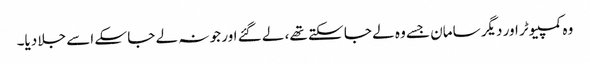
وہ کمپیوٹر اور دیگر سامان جسے وہ لے جا سکتے تھے، لے گئے اور جو نہ لے جا سکے اسے جلا دیا۔